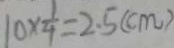
1 0 \times \frac { 1 } { 4 } = 2 . 5 ( c m )